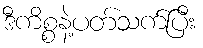
ဒီကိစ္စနဲ့ပတ်သက်ပြီး